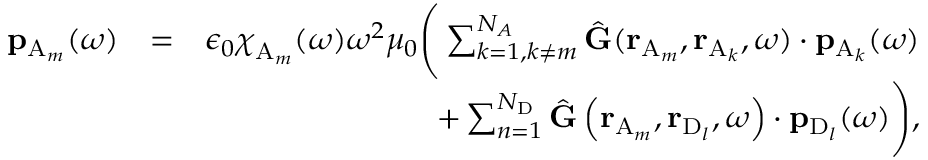
\begin{array} { r l r } { \mathbf { p } _ { \mathrm { A } _ { m } } ( \omega ) } & { = } & { \epsilon _ { 0 } \boldsymbol { { \chi } } _ { \mathrm { A } _ { m } } ( \omega ) \omega ^ { 2 } \mu _ { 0 } \Bigg ( \sum _ { k = 1 , k \neq m } ^ { N _ { A } } \hat { \mathbf { G } } ( \mathbf { r } _ { \mathrm { A } _ { m } } , \mathbf { r } _ { \mathrm { A } _ { k } } , \omega ) \cdot \mathbf { p } _ { \mathrm { A } _ { k } } ( \omega ) } \\ & { } & { + \sum _ { n = 1 } ^ { N _ { \mathrm { D } } } \hat { \mathbf { G } } \left( \mathbf { r } _ { \mathrm { A } _ { m } } , \mathbf { r } _ { \mathrm { D } _ { l } } , \omega \right) \cdot \mathbf { p } _ { \mathrm { D } _ { l } } ( \omega ) \Bigg ) , } \end{array}